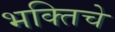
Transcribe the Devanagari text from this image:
भक्तिचे